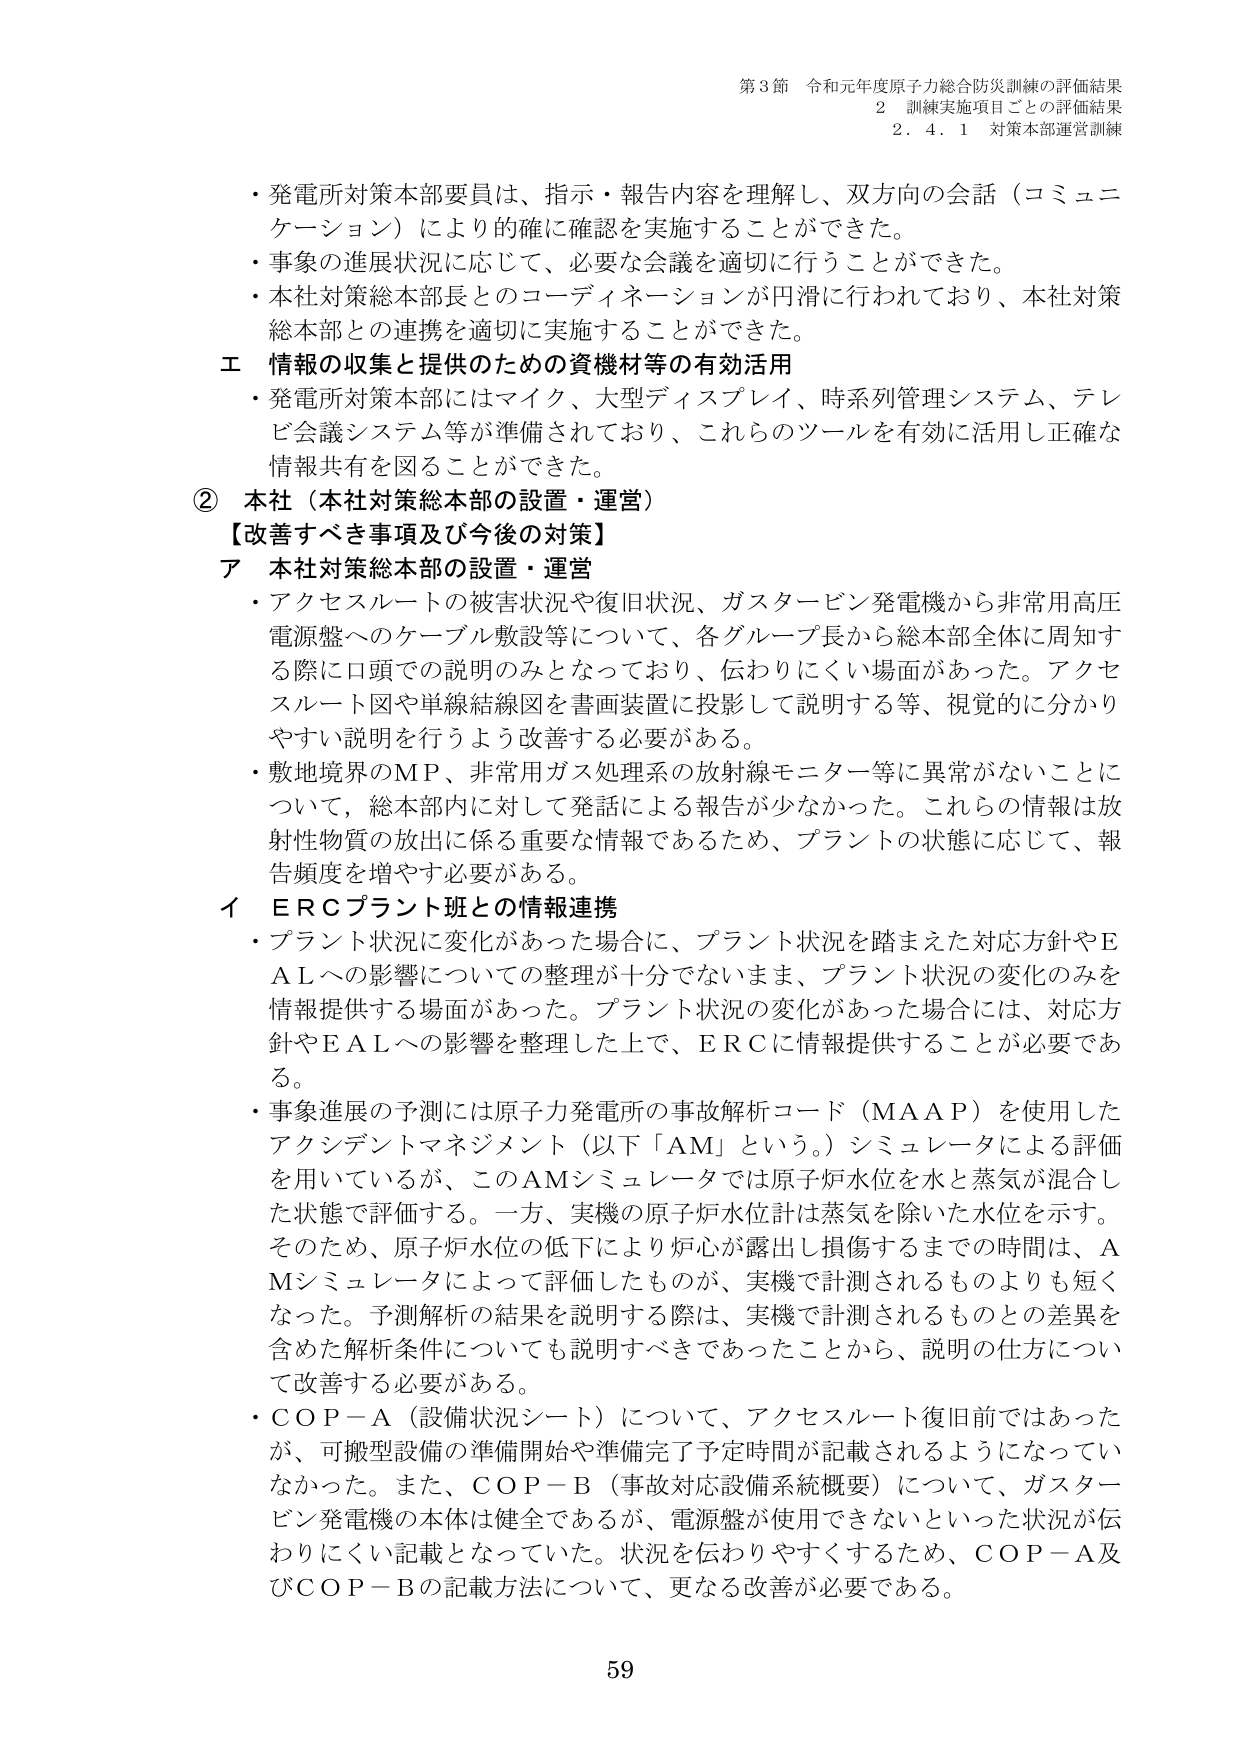
第3節 令和元年度原子力総合防災訓練の評価結果
2 訓練実施項目ごとの評価結果
2.4.1 対策本部運営訓練

・発電所対策本部要員は、指示・報告内容を理解し、双方向の会話（コミュニケーション）により的確に確認を実施することができた。
・事象の進展状況に応じて、必要な会議を適切に行うことができた。
・本社対策総本部長とのコーディネーションが円滑に行われており、本社対策総本部との連携を適切に実施することができた。

エ 情報の収集と提供のための資機材等の有効活用
・発電所対策本部にはマイク、大型ディスプレイ、時系列管理システム、テレビ会議システム等が準備されており、これらのツールを有効に活用し正確な情報共有を図ることができた。

② 本社（本社対策総本部の設置・運営）
【改善すべき事項及び今後の対策】
ア 本社対策総本部の設置・運営
・アクセスルートの被害状況や復旧状況、ガスタービン発電機から非常用高圧電源盤へのケーブル敷設等について、各グループ長から総本部全体に周知する際に口頭での説明のみとなっており、伝わりにくい場面があった。アクセスルート図や単線結線図を書画装置に投影して説明する等、視覚的に分かりやすい説明を行うよう改善する必要がある。
・敷地境界のMP、非常用ガス処理系の放射線モニター等に異常がないことについて、総本部内に対して発話による報告が少なかった。これらの情報は放射性物質の放出に係る重要な情報であるため、プラントの状態に応じて、報告頻度を増やす必要がある。

イ ERCプラント班との情報連携
・プラント状況に変化があった場合に、プラント状況を踏まえた対応方針やEALへの影響についての整理が十分でないまま、プラント状況の変化のみを情報提供する場面があった。プラント状況の変化があった場合には、対応方針やEALへの影響を整理した上で、ERCに情報提供することが必要である。
・事象進展の予測には原子力発電所の事故解析コード（MAAP）を使用したアクシデントマネジメント（以下「AM」という。）シミュレータによる評価を用いているが、このAMシミュレータでは原子炉水位を水と蒸気が混合した状態で評価する。一方、実機の原子炉水位計は蒸気を除いた水位を示す。そのため、原子炉水位の低下により炉心が露出し損傷するまでの時間は、AMシミュレータによって評価したもののが、実機で計測されるものより短くなった。予測解析の結果を説明する際は、実機で計測されるものとの差異を含めた解析条件についても説明すべきであったことから、説明の仕方について改善する必要がある。
・COP-A（設備状況シート）について、アクセスルート復旧前ではあったが、可搬型設備の準備開始や準備完了予定時間が記載されるようになっていなかった。また、COP-B（事故対応設備系統概要）について、ガスタービン発電機の本体は健全であるが、電源盤が使用できないといった状況が伝わりにくい記載となっていた。状況を伝わりやすくするため、COP-A及びCOP-Bの記載方法について、更なる改善が必要である。

59